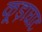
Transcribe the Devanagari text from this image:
कूड़ाघाट